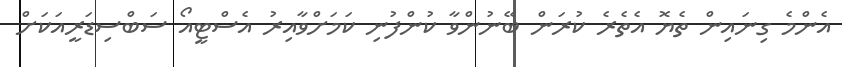
އެންމެ ގިނައިން ތެޔޮ އެތެރެ ކުރަން ބޭނުންވާ ކުންފުނި ކަމަށްވާއިރު އެސްޓީއޯ ސަބްސިޑަރީއަކަށް